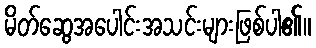
မိတ်ဆွေအပေါင်းအသင်းများဖြစ်ပါ၏။